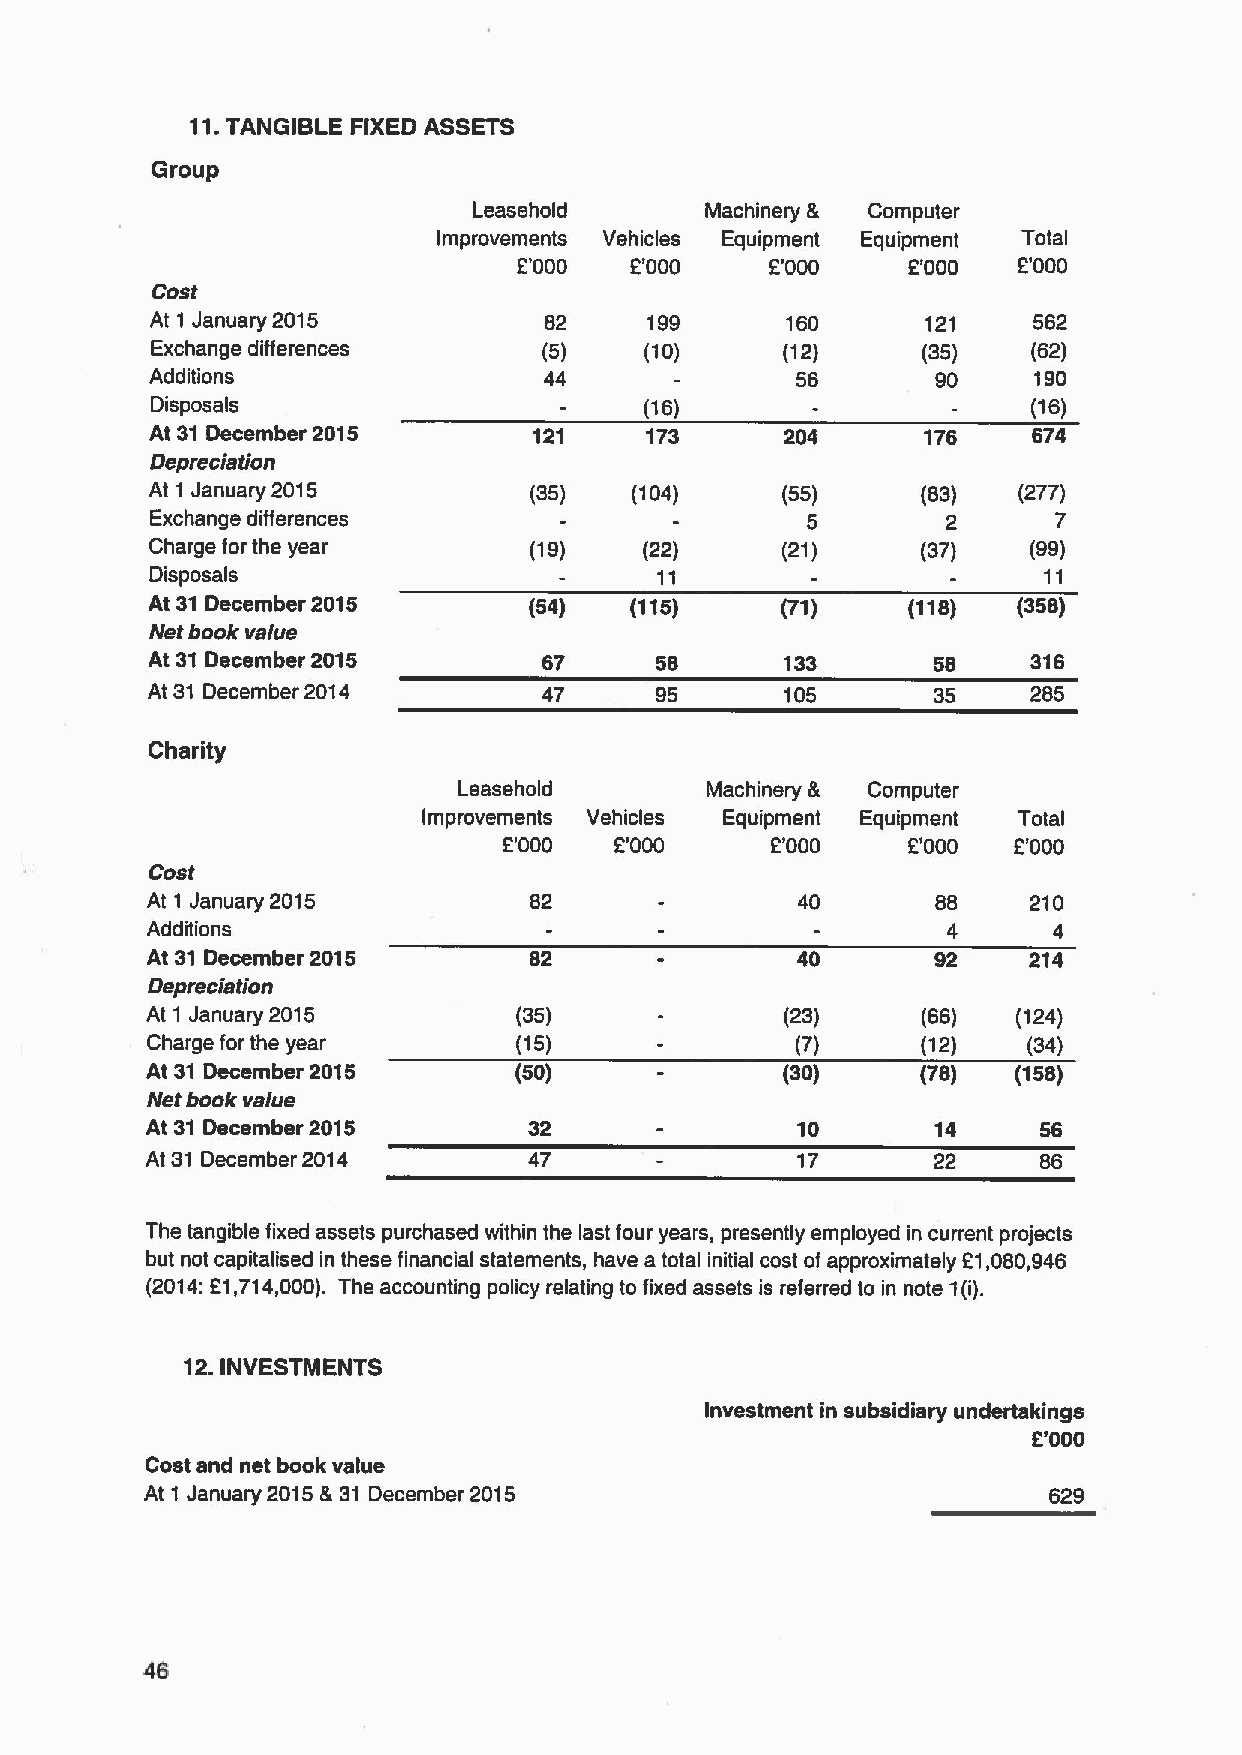
11.TANGIBLE FIXED ASSETS
 Group
 Leasehold       Machinery & Computer
 Improvements Vehicles Equipment Equipment Total
 2'000   2'000    E"000    R'000  2'000
 Cost
 At1 January2015           82     199      160      121    562
 Exchange differences      (5)    (10)     (12)     (35)   (62)
 Additions                 44               56       90    190
 Disposals                        (16)                     (16)
 At 31 December 2015      121     173      204      176    674
 Depreciation
 At 1 January 2015        (35)   (104)     (55)     (83)  (277)
 Exchange differences                       5         2      7
 Charge for the year      (19)    (22)     (21)     (37)   (99)
 Disposals                        11                        11
 At 31 December 2015      (54)   (115)     (71)    (118)  (358)
 Net book value
 At 31 December 2015       67     58       133       58    316
 At 31 December 2014       47     95       105       35    285
 Charity
 Leasehold        Machinery & Computer
 Improvements Vehicles Equipment Equipment Total
 OOOO    2'000     OOOO     2'000  2'000
 Cost
 At 1 January 2015        82                40       88    210
 Additions                                            4      4
 At 31 December 2015      82                40       92    214
 Depreciation
 At 1 January 2015       (35)              (23)     (66)  (124)
 Charge for the year     (15)               ('7)    (12)   (34)
 At 31 December 2015     (50)              (30)     (78)  (158)
 Net book value
 At 31 December 2015      32                10       14     56
 At 31 December 2014      47                17       22     86
 The tangible fixed assets purchased within the last four years, presently employed in current projects
 but not capitalised in these financial statements, have a total initial cost of approximately 21,080,946
 (2014:21,714,000). The accounting policy relating to fixed assets is referred to in note 1(i).
 12.INVESTMENTS
 Investment in subsidiary undertakings
 OOOO
 Cost and net book value
 At 1 January 2015 &31 December 2015                        629